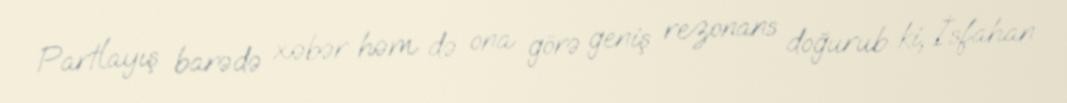
Partlayış barədə xəbər həm də ona görə geniş rezonans doğurub ki, İsfahan